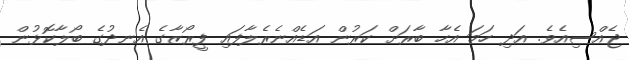
ޖެއްސިއެވެ. އަދި ހަމަ އެހާ ބާރަށް ކަރުން އަޑެއްނެރެލާފައި ފީރޯޒާގެ އެނދުގެ ބޯލާކޮޅުން